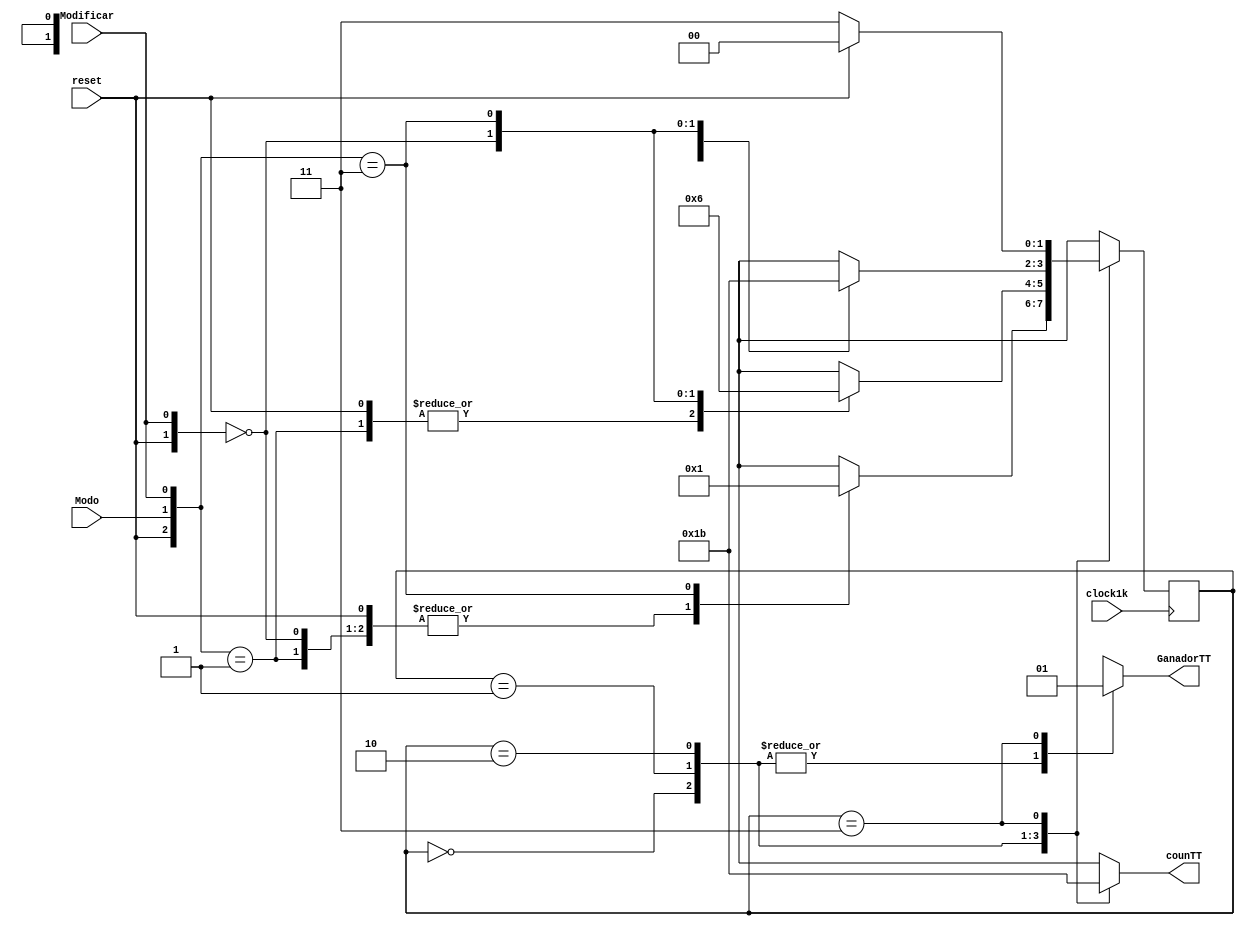
`timescale 1ns / 1ps
//////////////////////////////////////////////////////////////////////////////////
// Company: 
// Engineer: 
// 
// Design Name: 
// Module Name:    cuenta 
// Project Name: 
// Target Devices: 
// Tool versions: 
// Description: 
//
// Dependencies: 
//
// Revision: 
// Revision 0.01 - File Created
// Additional Comments: 
//
//////////////////////////////////////////////////////////////////////////////////
module cuenta(clock1k,Modo,Modificar,reset,counTT,GanadorTT);

input clock1k,Modo, Modificar,reset;
output reg [1:0] counTT;
output reg GanadorTT;

reg[1:0] estado, Nestado;

wire [2:0]Entradas;
assign Entradas = {reset,Modo,Modificar};

		initial begin
		counTT=0;
		GanadorTT=0;
		end
								  
		always@(Entradas) begin  //Escoger estado a partir de entradas y estado anterior

		case(estado)

				0: Nestado = SelEstado0(Entradas);//Estado S0, Contador en cero no hay ganador
				1: Nestado = SelEstado1(Entradas);//Estado S1, Contador en uno no hay ganador
				2: Nestado = SelEstado2(Entradas);//Estado S2, Contador en dos no hay ganador
				3: Nestado = SelEstado3(Entradas);//Estado S3, Contador en tres no hay ganador
				default Nestado = 0;
					endcase

			end

				always @(negedge clock1k)  //Asignar el estado
				estado<=Nestado;


				always @(estado) // Definicion salidas
				case(estado)
				0: begin counTT=0; GanadorTT=0; end
				1: begin counTT=1; GanadorTT=0; end
				2: begin counTT=2; GanadorTT=0; end
				3: begin counTT=3; GanadorTT=1; end
				default begin counTT=0; GanadorTT=0; end
				endcase
				
				
				  function [1:0] SelEstado0;
				  input [2:0] Entradas;//{reset,Modo,Modificar}
					begin
					 casez(Entradas)
					 3'b1?? : SelEstado0 = 0;
					 3'b001 : SelEstado0 = 0;
					 3'b0?0 : SelEstado0 = 0;
					 3'b011 : SelEstado0 = 1;
					   default SelEstado0 = 0;
					 endcase
				  end
				  endfunction
				  
				  function [1:0] SelEstado1;
				  input [2:0] Entradas;//{reset,Modo,Modificar}
					begin
					 casez(Entradas)
					 3'b1?? : SelEstado1 = 0;
					 3'b001 : SelEstado1 = 0;
					 3'b0?0 : SelEstado1 = 1;
					 3'b011 : SelEstado1 = 2;
					   default SelEstado1 = 1;
					 endcase
				  end
				  endfunction
				  
				  function [1:0] SelEstado2;
				  input [2:0] Entradas;//{reset,Modo,Modificar}
					begin
					 casez(Entradas)
					 3'b1?? : SelEstado2 = 0;
					 3'b001 : SelEstado2 = 1;
					 3'b0?0 : SelEstado2 = 2;
					 3'b011 : SelEstado2 = 3;
					   default SelEstado2 = 2;
					 endcase
				  end
				  endfunction
				  
				  function [1:0] SelEstado3;
				  input [2:0] Entradas;//{reset,Modo,Modificar}
					begin
					 casez(Entradas)
					 3'b1?? : SelEstado3 = 0;
					 3'b0?0 : SelEstado3 = 3;
					   default SelEstado3 = 3;
					 endcase
				  end
				  endfunction
  
  

		
endmodule